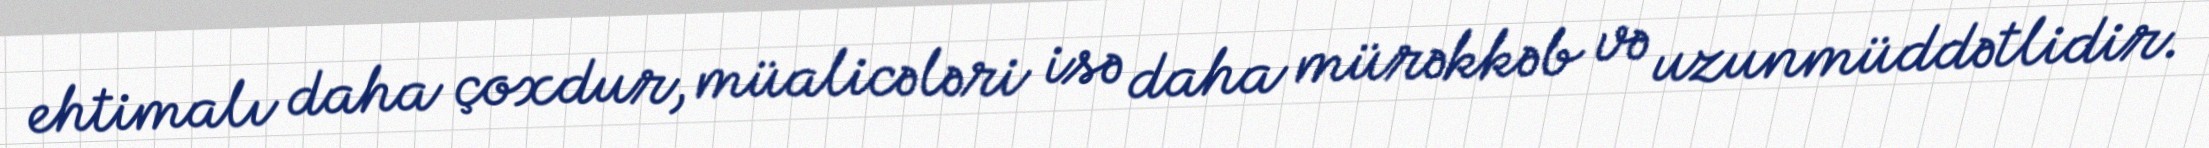
ehtimalı daha çoxdur, müalicələri isə daha mürəkkəb və uzunmüddətlidir.